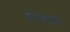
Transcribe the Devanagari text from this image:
बोखारी